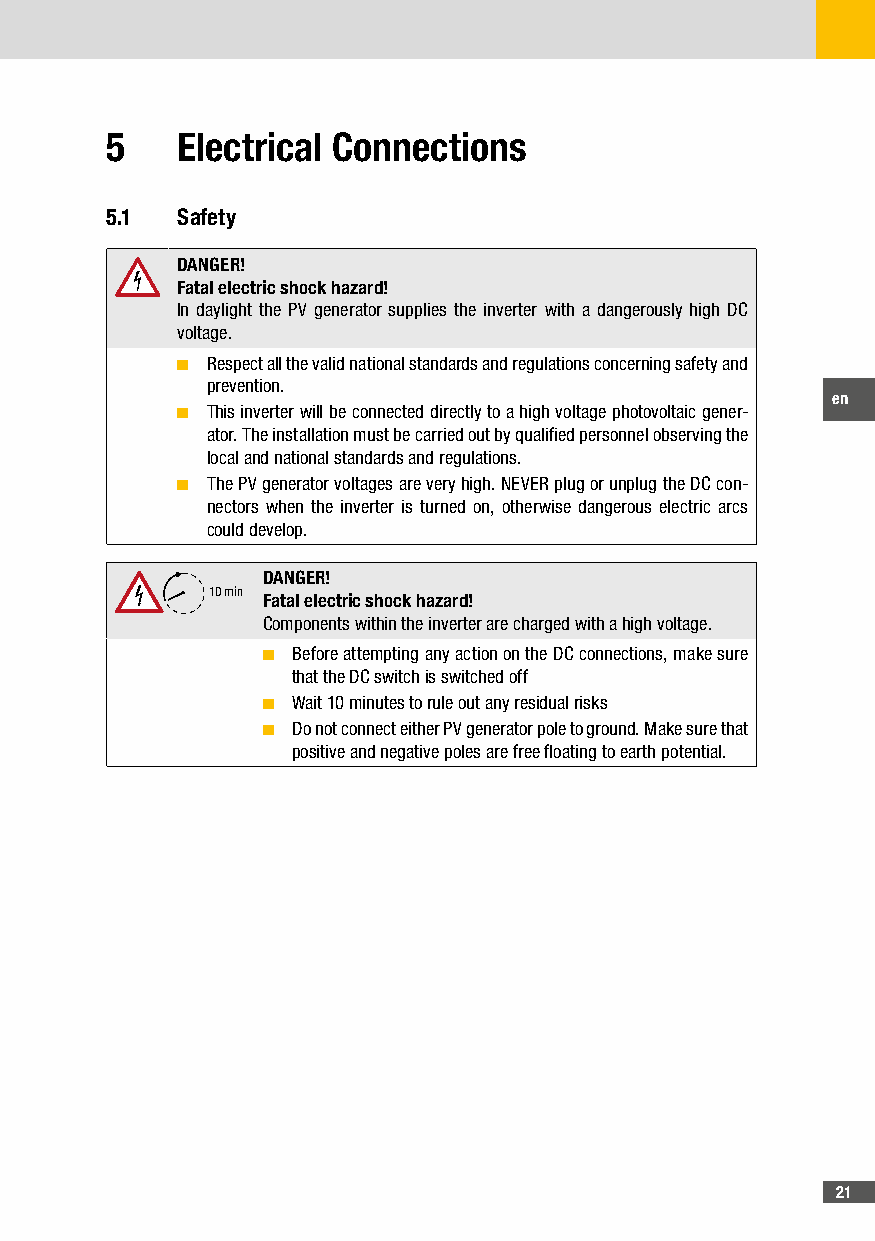
5    Electrical Connections
 5�1  Safety
 DANGER!
 Fatal electric shock hazard!
 In daylight the PV generator supplies the inverter with a dangerously high DC
 voltage.
 ■ Respect all the valid national standards and regulations concerning safety and
 prevention.
 en
 ■ This inverter will be connected directly to a high voltage photovoltaic gener-
 ator. The installation must be carried out by qualified personnel observing the
 local and national standards and regulations.
 ■ The PV generator voltages are very high. NEVER plug or unplug the DC con-
 nectors when the inverter is turned on, otherwise dangerous electric arcs
 could develop.
 DANGER!
 10 min
 Fatal electric shock hazard!
 Components within the inverter are charged with a high voltage.
 ■ Before attempting any action on the DC connections, make sure
 that the DC switch is switched off
 ■ Wait 10 minutes to rule out any residual risks
 ■ Do not connect either PV generator pole to ground. Make sure that
 positive and negative poles are free floating to earth potential.
 21